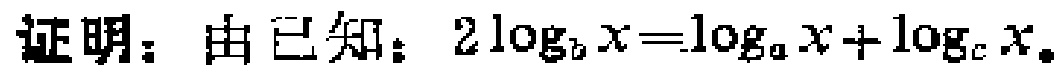
证明：由已知：\(2\log_{b}x = \log_{a}x+\log_{c}x\)。